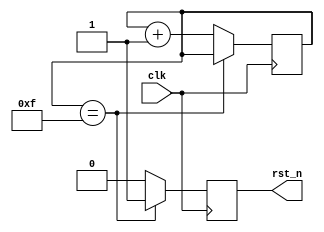
// This program was cloned from: https://github.com/verimake-team/SparkRoad-V
// License: MIT License

// --------------------------------------------------------------------
// >>>>>>>>>>>>>>>>>>>>>>>>> COPYRIGHT NOTICE <<<<<<<<<<<<<<<<<<<<<<<<<
// --------------------------------------------------------------------
// 
// 
// Description:
//
//		
// 
// Web: www.anlogic.com
// --------------------------------------------------------------------
`timescale 1ns / 1ps
module rst_n
(
	input	wire	clk,
	output	reg		rst_n
);

reg[3:0] cnt;

always @(posedge clk)
begin
	if(cnt == 4'hf)
		cnt <= cnt;
	else
		cnt <= cnt + 1'b1;
end

always @(posedge clk)
begin
	if(cnt == 4'hf)
		rst_n <= 1'b1;
	else
		rst_n <= 1'b0;
end


endmodule